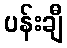
ပန်းချီ